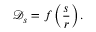
\mathcal { D } _ { s } = f \left( \frac { s } { r } \right) .